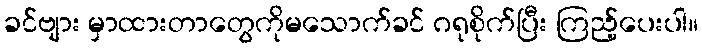
ခင်ဗျား မှာထားတာတွေကိုမသောက်ခင် ဂရုစိုက်ပြီး ကြည့်ပေးပါ။